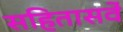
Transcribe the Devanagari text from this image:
सहितासर्वे